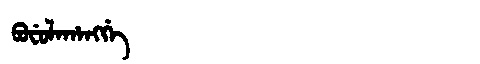
Manchu: ᠪᠣᠸᡠᠯᠠᡥᠠᠩᡤᡝ
Romanization: BOFULAHANGGE